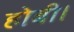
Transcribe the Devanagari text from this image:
होबी।